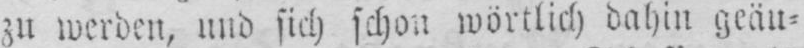
zu werden, und sich schon wörtlich dahin geäu⸗